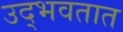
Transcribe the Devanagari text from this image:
उद्‍भवतात